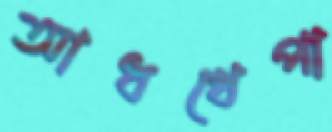
আধখেপা